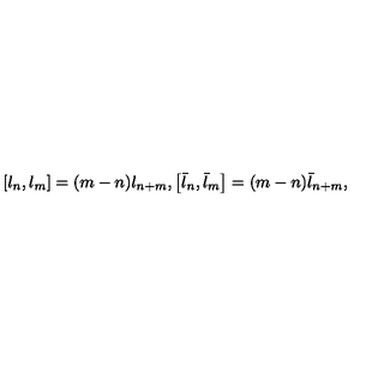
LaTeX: \left[ l _ { n } , l _ { m } \right] = ( m - n ) l _ { n + m } , \left[ \bar { l } _ { n } , \bar { l } _ { m } \right] = ( m - n ) \bar { l } _ { n + m } ,